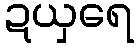
ဍယှရေ